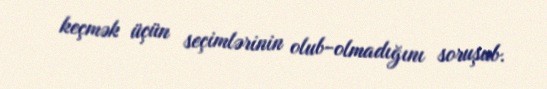
keçmək üçün seçimlərinin olub-olmadığını soruşub.